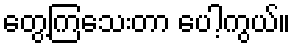
တွေ့ကြသေးတာ ပေါ့ကွယ်။